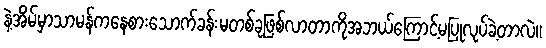
နဲ့အိမ်မှာသာမန်ကနေစားသောက်ခန်းမတစ်ခုဖြစ်လာတာကိုအဘယ်ကြောင့်မပြုလုပ်ခဲ့တာလဲ။